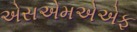
એસએમએએફ